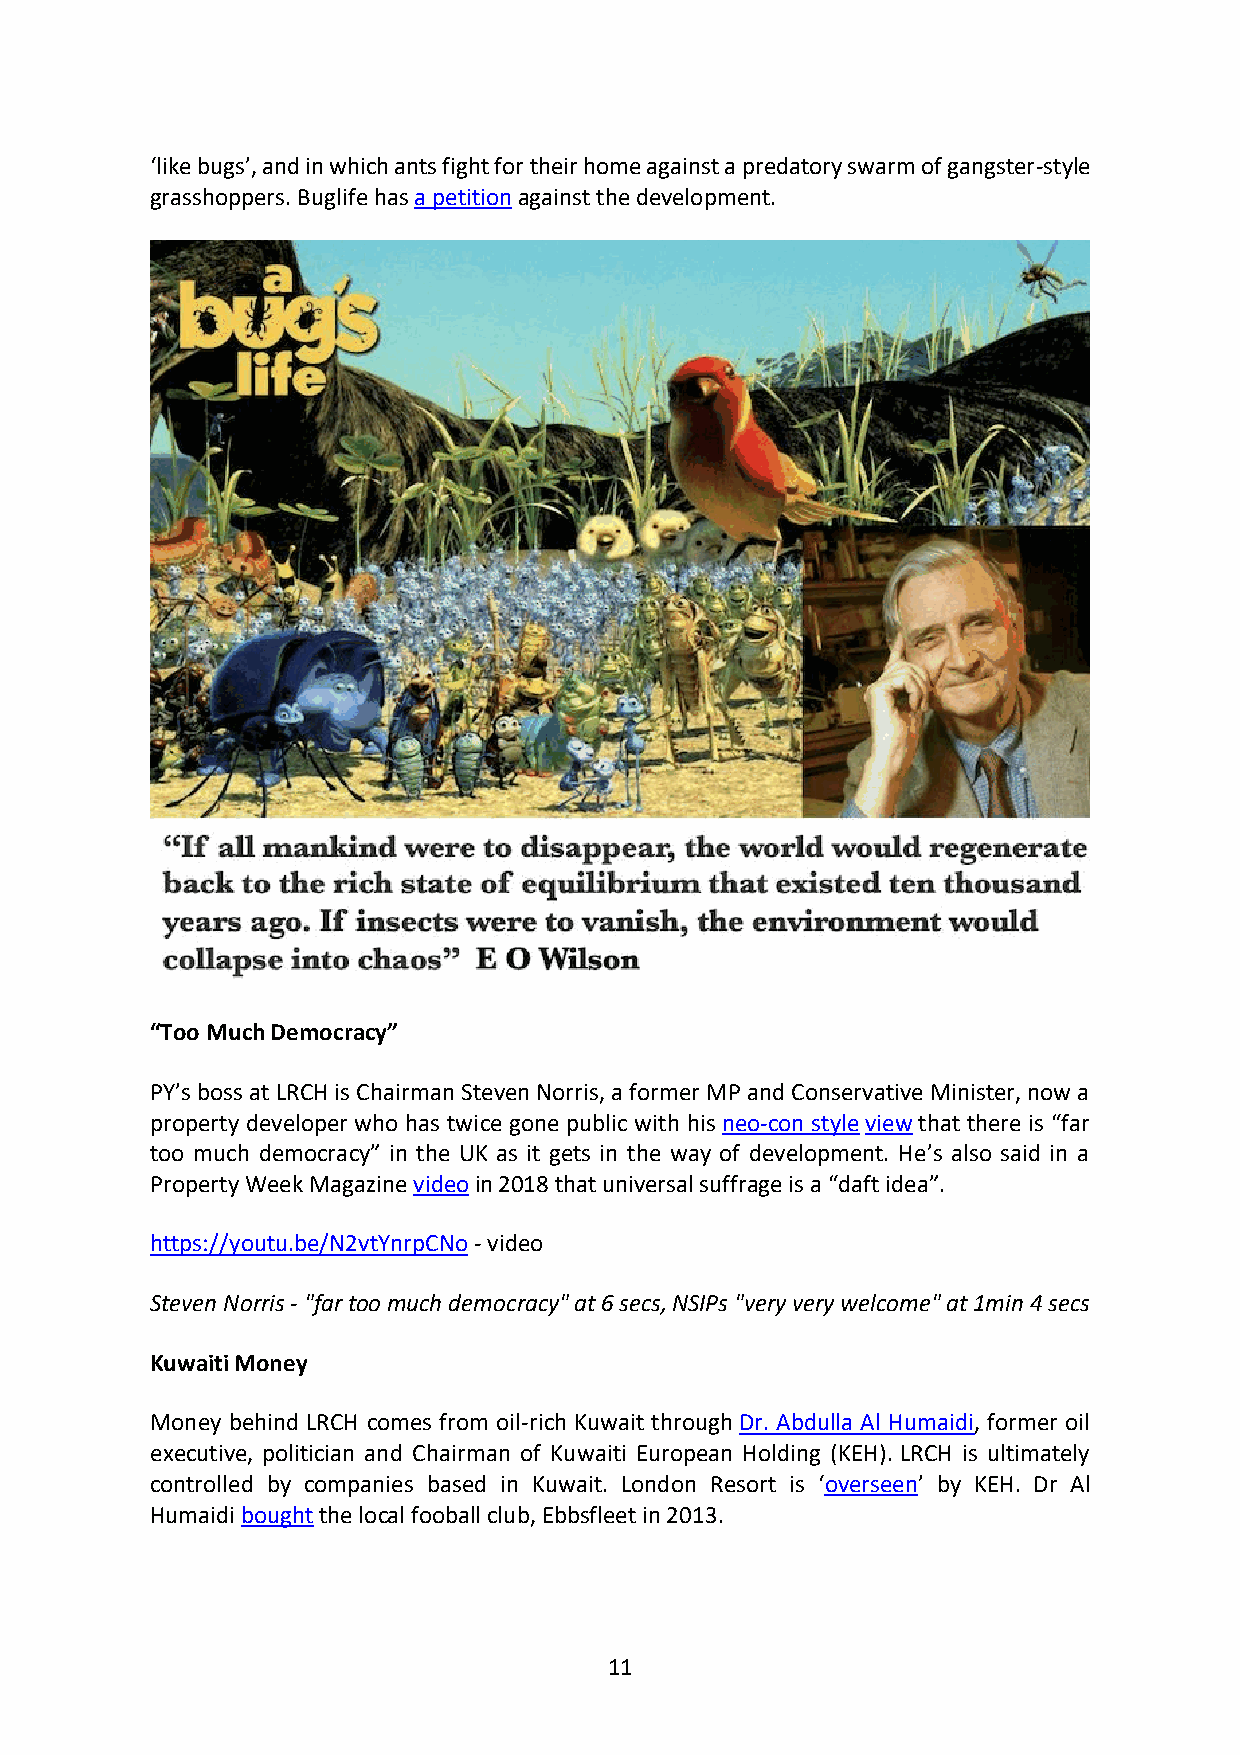
‘like bugs’, and in which ants fight for their home against a predatory swarm of gangster-style
 grasshoppers. Buglife has a petition against the development.
 “Too Much Democracy”
 PY’s boss at LRCH is Chairman Steven Norris, a former MP and Conservative Minister, now a
 property developer who has twice gone public with his neo-con style view that there is “far
 too much democracy” in the UK as it gets in the way of development. He’s also said in a
 Property Week Magazine video in 2018 that universal suffrage is a “daft idea”.
 https://youtu.be/N2vtYnrpCNo - video
 Steven Norris - "far too much democracy" at 6 secs, NSIPs "very very welcome" at 1min 4 secs
 Kuwaiti Money
 Money behind LRCH comes from oil-rich Kuwait through Dr. Abdulla Al Humaidi, former oil
 executive, politician and Chairman of Kuwaiti European Holding (KEH). LRCH is ultimately
 controlled by companies based in Kuwait. London Resort is ‘overseen’ by KEH. Dr Al
 Humaidi bought the local fooball club, Ebbsfleet in 2013.
 11